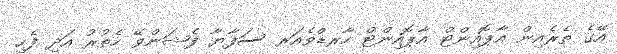
އޭގެ ތެރެއިން އާޕޮއިންޓް އާޕޮއިންޓް ހާރޑްވެއަރ ސަފާޔާ ފެޝަންވޭ ހެތުރު އަދި ފެހި